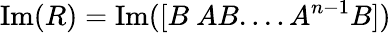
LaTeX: \mathrm{Im}(R)=\mathrm{Im}([B\ AB....A^{n-1}B])